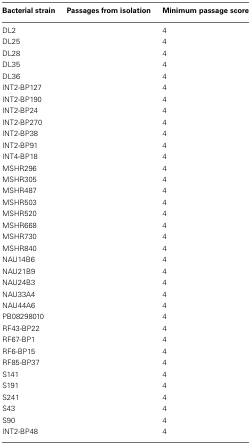
<table><thead><tr><td><b>Bacterial strain</b></td><td><b>Passages from isolation</b></td><td><b>Minimum passage score</b></td></tr></thead><tbody><tr><td>DL2</td><td>[EMPTY_CELL]</td><td>4</td></tr><tr><td>DL25</td><td>[EMPTY_CELL]</td><td>4</td></tr><tr><td>DL28</td><td>[EMPTY_CELL]</td><td>4</td></tr><tr><td>DL35</td><td>[EMPTY_CELL]</td><td>4</td></tr><tr><td>DL36</td><td>[EMPTY_CELL]</td><td>4</td></tr><tr><td>INT2-BP127</td><td>[EMPTY_CELL]</td><td>4</td></tr><tr><td>INT2-BP190</td><td>[EMPTY_CELL]</td><td>4</td></tr><tr><td>INT2-BP24</td><td>[EMPTY_CELL]</td><td>4</td></tr><tr><td>INT2-BP270</td><td>[EMPTY_CELL]</td><td>4</td></tr><tr><td>INT2-BP38</td><td>[EMPTY_CELL]</td><td>4</td></tr><tr><td>INT2-BP91</td><td>[EMPTY_CELL]</td><td>4</td></tr><tr><td>INT4-BP18</td><td>[EMPTY_CELL]</td><td>4</td></tr><tr><td>MSHR296</td><td>[EMPTY_CELL]</td><td>4</td></tr><tr><td>MSHR305</td><td>[EMPTY_CELL]</td><td>4</td></tr><tr><td>MSHR487</td><td>[EMPTY_CELL]</td><td>4</td></tr><tr><td>MSHR503</td><td>[EMPTY_CELL]</td><td>4</td></tr><tr><td>MSHR520</td><td>[EMPTY_CELL]</td><td>4</td></tr><tr><td>MSHR668</td><td>[EMPTY_CELL]</td><td>4</td></tr><tr><td>MSHR730</td><td>[EMPTY_CELL]</td><td>4</td></tr><tr><td>MSHR840</td><td>[EMPTY_CELL]</td><td>4</td></tr><tr><td>NAU14B6</td><td>[EMPTY_CELL]</td><td>4</td></tr><tr><td>NAU21B9</td><td>[EMPTY_CELL]</td><td>4</td></tr><tr><td>NAU24B3</td><td>[EMPTY_CELL]</td><td>4</td></tr><tr><td>NAU33A4</td><td>[EMPTY_CELL]</td><td>4</td></tr><tr><td>NAU44A6</td><td>[EMPTY_CELL]</td><td>4</td></tr><tr><td>PB08298010</td><td>[EMPTY_CELL]</td><td>4</td></tr><tr><td>RF43-BP22</td><td>[EMPTY_CELL]</td><td>4</td></tr><tr><td>RF67-BP1</td><td>[EMPTY_CELL]</td><td>4</td></tr><tr><td>RF6-BP15</td><td>[EMPTY_CELL]</td><td>4</td></tr><tr><td>RF85-BP37</td><td>[EMPTY_CELL]</td><td>4</td></tr><tr><td>S141</td><td>[EMPTY_CELL]</td><td>4</td></tr><tr><td>S191</td><td>[EMPTY_CELL]</td><td>4</td></tr><tr><td>S241</td><td>[EMPTY_CELL]</td><td>4</td></tr><tr><td>S43</td><td>[EMPTY_CELL]</td><td>4</td></tr><tr><td>S90</td><td>[EMPTY_CELL]</td><td>4</td></tr><tr><td>INT2-BP48</td><td>[EMPTY_CELL]</td><td>4</td></tr></tbody></table>